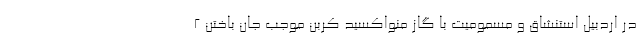
در اردبیل استنشاق و مسمومیت با گاز منواکسید کربن موجب جان باختن ۲